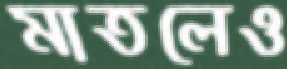
মাতলেও